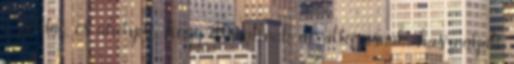
a példát, és ahelyett, hogy ellenállnak a változásnak, használják